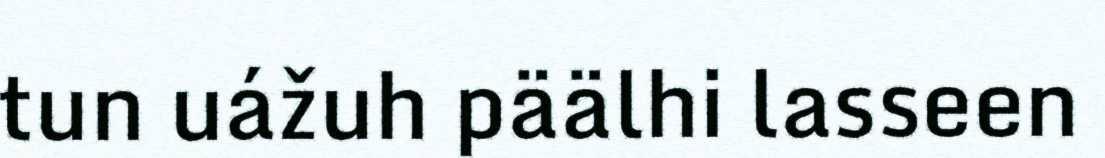
tun uážuh päälhi lasseen